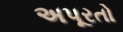
અપૂરતો